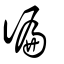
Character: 徧